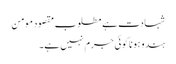
شہادت ہے مطلوب مقصودِ مومن
ہندو ہونا کوئی جرم نہیں ہے۔